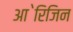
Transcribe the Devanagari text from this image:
आ॓रिजिन